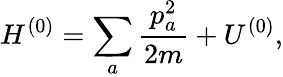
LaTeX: H^{(0)}=\sum_{a}\frac{p_{a}^{2}}{2m}+U^{(0)},